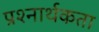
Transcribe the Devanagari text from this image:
प्रश्‍नार्थकता